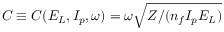
C \equiv C ( E _ { L } , I _ { p } , \omega ) = \omega \sqrt { Z / ( n _ { f } { I _ { p } } E _ { L } ) }